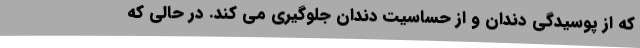
که از پوسیدگی دندان و از حساسیت دندان جلوگیری می کند. در حالی که